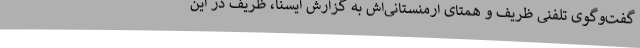
گفت‌وگوی تلفنی ظریف و همتای ارمنستانی‌اش به گزارش ایسنا، ظریف در این